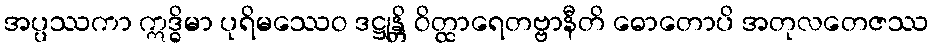
အပ္ပဿကာ ဣဒ္ဓိမာ ပုရိမဿေဝ ဒဋ္ဌုန္တိ ဝိတ္ထာရေတဗ္ဗာနီတိ ဓောတောပိ အတုလတေဇဿ